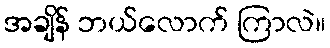
အချိန် ဘယ်လောက် ကြာလဲ။